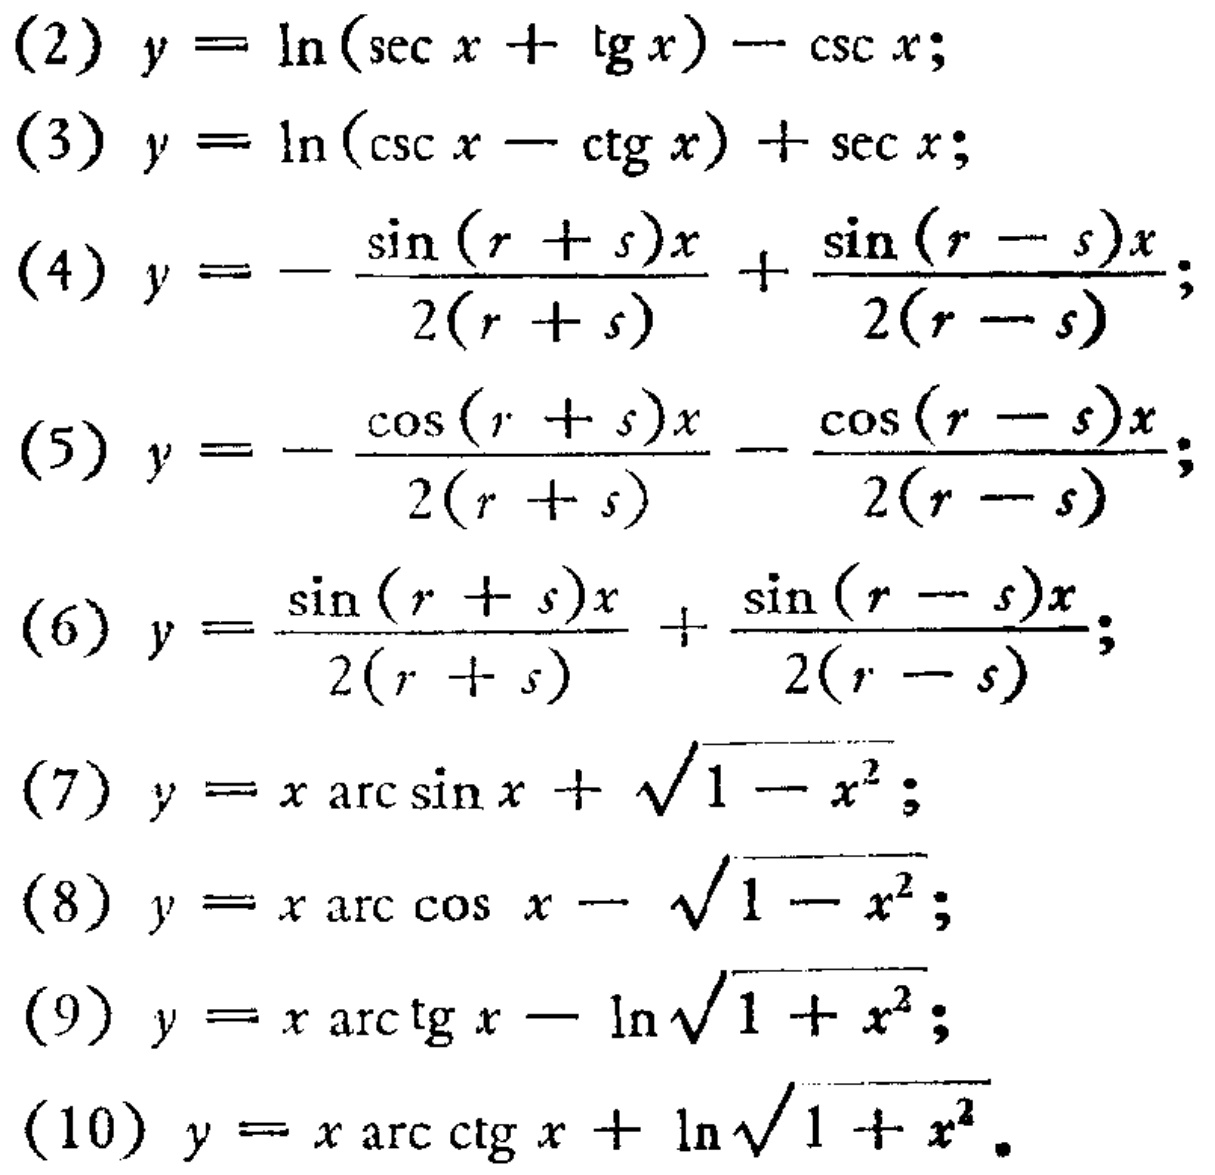
(2) \(y = \ln(\sec x+\tg x)-\csc x\);
(3) \(y = \ln(\csc x - \ctg x)+\sec x\);
(4) \(y = -\frac{\sin(r + s)x}{2(r + s)}+\frac{\sin(r - s)x}{2(r - s)}\);
(5) \(y = -\frac{\cos(r + s)x}{2(r + s)}-\frac{\cos(r - s)x}{2(r - s)}\);
(6) \(y = \frac{\sin(r + s)x}{2(r + s)}+\frac{\sin(r - s)x}{2(r - s)}\);
(7) \(y = x\arcsin x+\sqrt{1 - x^{2}}\);
(8) \(y = x\arccos x-\sqrt{1 - x^{2}}\);
(9) \(y = x\arctg x-\ln\sqrt{1 + x^{2}}\);
(10) \(y = x\arcctg x+\ln\sqrt{1 + x^{2}}\).